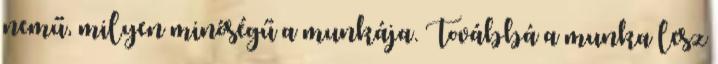
nemű, milyen minőségű a munkája. Továbbá a munka lesz